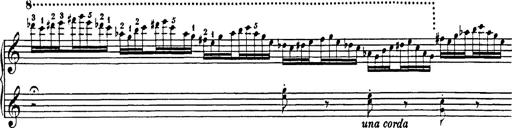
Title: Impromptu
Composer: JosÃ© MarÃ­a Usandizaga
Key: A major